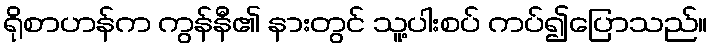
ရိုစာဟန်က ကွန်နီ၏ နားတွင် သူ့ပါးစပ် ကပ်၍ပြောသည်။